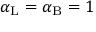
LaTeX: \alpha _ { \mathrm { { L } } } = \alpha _ { \mathrm { { B } } } = 1